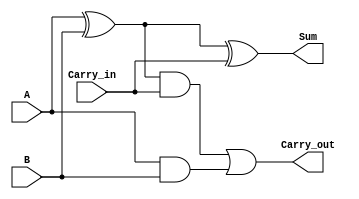
`timescale 1ns/100ps

module Full_Adder 
(
    input A,
    input B,
    input Carry_in,
    output Sum,
    output Carry_out
);
    wire Wire1;
    wire Wire2;
    wire Wire3;

    xor #1.3    G1  (Wire1, A, B);
    xor #1.3    G2  (Sum , Wire1, Carry_in);
    and #1.4    G3  (Wire2, Wire1, Carry_in);
    and #1.4    G4  (Wire3, A, B);
    or  #0.9    G5  (Carry_out, Wire2, Wire3);

endmodule